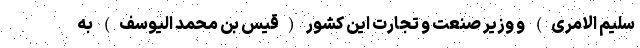
سلیم الامری) و وزیر صنعت و تجارت این کشور (قیس بن محمد الیوسف) به